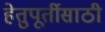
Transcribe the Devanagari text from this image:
हेतुपूर्तीसाठी